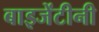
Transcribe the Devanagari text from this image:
बाइजेंटीनी